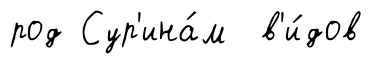
род Сур'ина́м в'и́дов